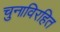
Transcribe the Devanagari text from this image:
चुनाविरहित